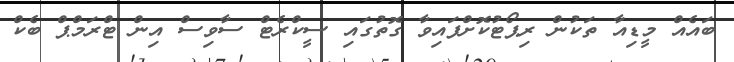
ބައެއް މީޑިއާ ތަކުން ރިޕޯޓުކޮށްފައިވާ ގޮތުގައި ސީކްރެޓް ސާވިސް އިން ޓްރަމްޕް ބެކް